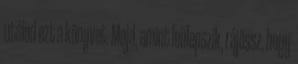
utálod ezt a könyvet. Majd, amint leülepszik, rájössz, hogy